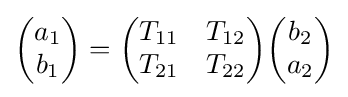
{\begin{pmatrix}a_{1}\\b_{1}\end{pmatrix}}={\begin{pmatrix}T_{11}&T_{12}\\T_{21}&T_{22}\end{pmatrix}}{\begin{pmatrix}b_{2}\\a_{2}\end{pmatrix}}